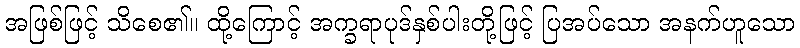
အဖြစ်ဖြင့် သိစေ၏။ ထို့ကြောင့် အက္ခရာပုဒ်နှစ်ပါးတို့ဖြင့် ပြအပ်သော အနက်ဟူသော